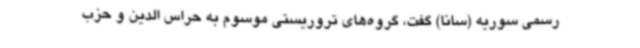
رسمی سوریه (سانا) گفت، گروه‌های تروریستی موسوم به حراس الدین و حزب